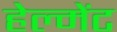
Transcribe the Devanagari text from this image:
हेल्मेंट